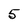
Character: 5